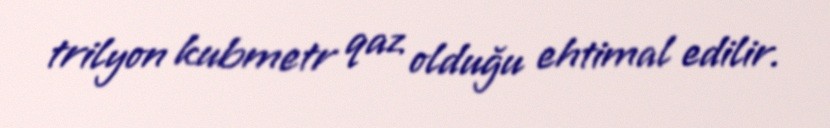
trilyon kubmetr qaz olduğu ehtimal edilir.